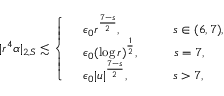
| r ^ { 4 } { \alpha } | _ { 2 , S } \lesssim \left\{ \begin{array} { r l } & { \epsilon _ { 0 } r ^ { \frac { 7 - s } { 2 } } , \qquad \qquad s \in ( 6 , 7 ) , } \\ & { \epsilon _ { 0 } ( \log r ) ^ { \frac { 1 } { 2 } } , \qquad \; \; \, s = 7 , } \\ & { \epsilon _ { 0 } | u | ^ { \frac { 7 - s } { 2 } } , \qquad \quad \; \, s > 7 , } \end{array} \right.